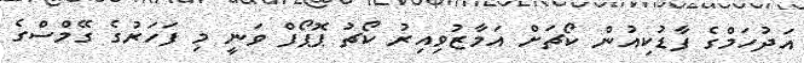
އަދުހަމްގެ ފާޑުކިއުން ކޯޗަށް އަމާޒުވިއިރު ކޯޗު ޕޮޕޯފް ވަނީ މި ފަހަރުގެ ގޭމްސްގެ